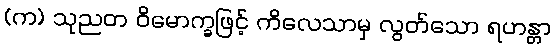
(က) သုညတ ဝိမောက္ခဖြင့် ကိလေသာမှ လွတ်သော ရဟန္တာ